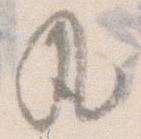
丸